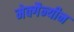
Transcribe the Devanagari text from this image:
मेक्गैन्यीन